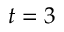
t = 3